Lunatic asylums in Bengal annual reports 1899-1911 - 1899-1911
Year: 1899
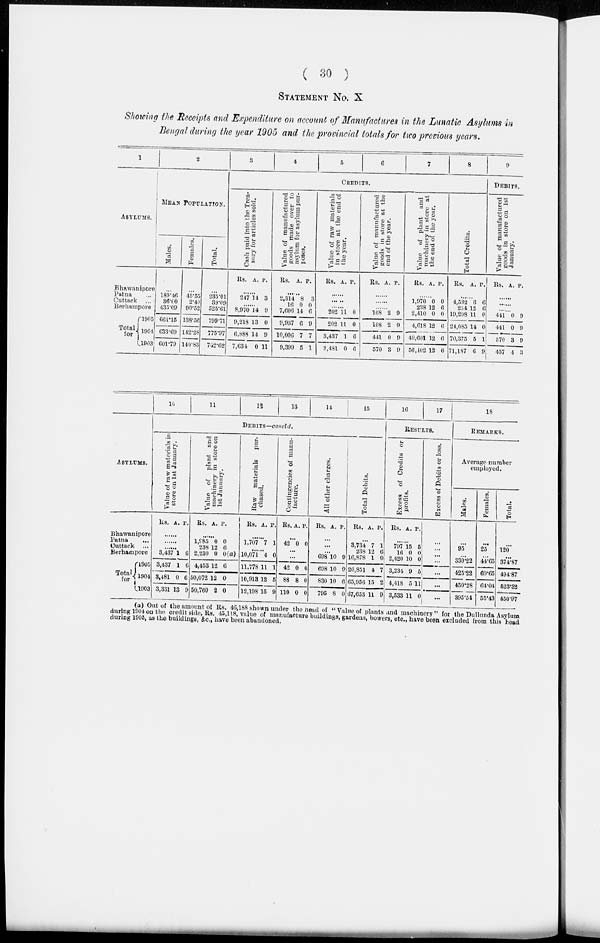
( 30 )
STATEMENT NO. X
Showing the Receipts and Expenditure on account of Manufactures in the Lunatic Asylums in
Bengal during the year 1905 and the provincial totals for two previous years.
Bhawanipore
Patna ...
Cuttack ...
Berhampore
Total
for
1905
1904
1903
2
MEAN POPULATION.
Males.
...
189.46
36.00
435.09
661.15
633.69
601.79
Females.
...
45.55
2.49
90.52
138.50
142.28
140.83
Total.
...
235.01
39.09
525.61
799.71
775.97
742.62
3
4
5
6
7
8
CREDITS.
Cash paid into the Trea-
sury for articles sold.
Rs. A. P.
......
247 14 3
......
8,970
9,218
6,888
7,634
14
13
14
0
9
0
9
11
Value of manufactured
goods made over to
asylum for asylum pur-
poses.
Rs.
A. P.
......
2,314
16
7,606
9,937
10,006
9,399
8
0
14
6
7
5
3
0
6
9
7
1
Value of raw materials
in store at the end of
the year.
Rs. A. P.
......
......
......
202
202
3,437
3,481
11
11
1
0
0
0
6
6
Value of manufactured
goods
in store at the
end of the year.
Rs. A. P.
......
......
......
108
108
441
570
2
2
0
3
9
9
9
9
Value of plant and
machinery in store at
the end of the year.
Rs. A. P.
......
1,970
238
2,410
4,618
49,601
50,102
0
12
0
12
12
12
0
6
0
6
0
6
Total Credits.
Rs. A. P.
......
4,532
254
19,298
24,085
70,375
71,187
6
12
11
14
5
6
6
6
0
0
1
9
9
DEBITS.
Value of manufactured
goods
in store on 1st
January.
Rs. A. P.
......
......
......
441
441
570
457
0
0
3
4
9
9
9
3
ASYLUMS.
Bhawanipore
Patna ...
Cuttack ...
Berhampore
Total
for
1905
1904
1903
10
11
12
13
14
15
DEBITS—concld.
Value of raw materials in
store on 1st January.
Rs. A. P.
......
......
.......
3,437
3,437
3,481
3,331
1
1
0
13
6
6
6
9
Value of plant and
machinery in store on
1st January.
Rs. A. P.
......
1,985
238
2,230
4,453
50,072
50,760
0
12
0
12
12
2
0
6
0(a)
6
0
0
Raw materials pur-
chased.
Rs. A. P.
......
1,707 7 1
......
10,071
11,778
10,913
12,198
4
11
12
15
0
1
5
9
Contingencies of manu-
facture.
Rs. A. P.
...
42 0 0
...
...
42
88
110
0
8
0
0
0
0
All other charges.
Rs. A. P.
...
...
...
698
698
830
795
10
10
10
8
9
9
6
0
Total Debits.
Rs. A. P.
......
3,734
238
16,878
20,851
65,956
67,653
7
12
1
4
15
11
1
6
0
7
2
9
16
17
RESULTS.
Excess of Credits or
profits.
Rs. A. P.
......
797
16
2,420
3,234
4,418
3,533
15
0
10
9
5
11
5
0
0
5
11
0
Excess of Debits or loss.
......
......
......
......
......
......
......
18
REMARKS.
Average number
employed.
Males.
...
95
...
330.22
425.22
459.28
395.54
Females.
...
25
...
44.65
69.65
64.04
55.43
Total.
...
120
...
374.87
494.87
523.32
450.97
(a) Out of the amount of Rs. 46,188 shown under the head of " Value of plants , and machinery " for the Dullunda Asylum
during 1904 on the credit side, Rs. 45,118, value of manufacture buildings, gardens, bowers, etc., have been excluded from this head
during 1905, as the buildings, &c., have been abandoned.